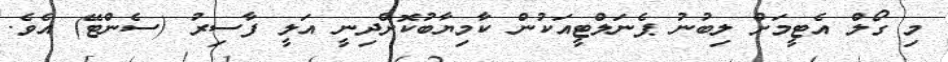
މި ގޯލް އެޓީމަށް ލިބުނު ޕެނަލްޓީއަކުން ކާމިޔާބުކޮށްދިނީ އަލީ ފާސިރު (ސެންޓޭ) އެވެ.